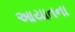
આયાતના